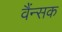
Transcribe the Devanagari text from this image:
वैंन्सक